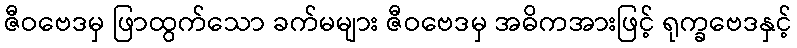
ဇီဝဗေဒမှ ဖြာထွက်သော ခက်မများ ဇီဝဗေဒမှ အဓိကအားဖြင့် ရုက္ခဗေဒနှင့်